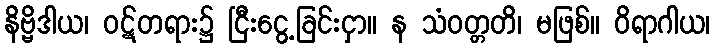
နိဗ္ဗိဒါယ၊ ဝဋ်တရား၌ ငြီးငွေ့ခြင်းငှာ။ န သံဝတ္တတိ၊ မဖြစ်။ ဝိရာဂါယ၊